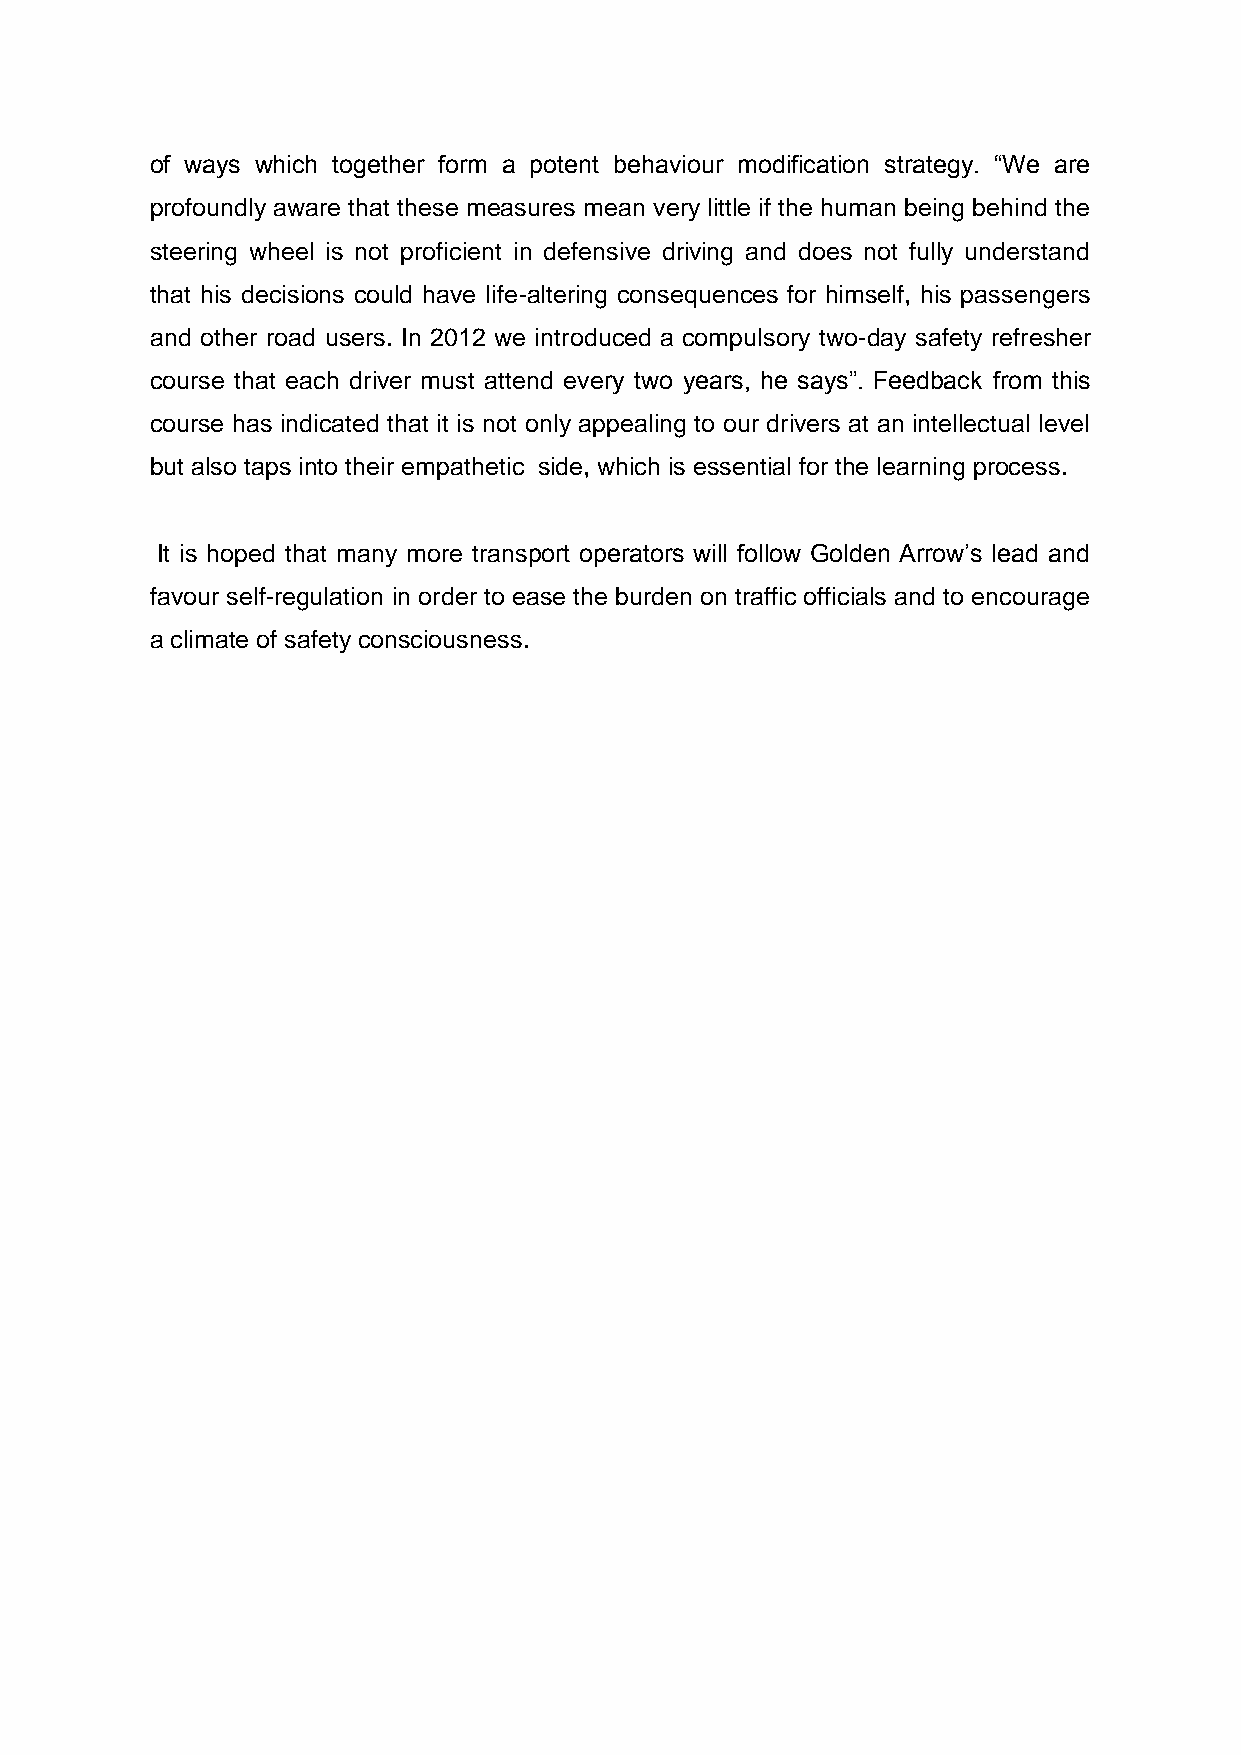
of ways which together form a potent behaviour modification strategy. “We are
 profoundly aware that these measures mean very little if the human being behind the
 steering wheel is not proficient in defensive driving and does not fully understand
 that his decisions could have life-altering consequences for himself, his passengers
 and other road users. In 2012 we introduced a compulsory two-day safety refresher
 course that each driver must attend every two years, he says”. Feedback from this
 course has indicated that it is not only appealing to our drivers at an intellectual level
 but also taps into their empathetic side, which is essential for the learning process.
 It is hoped that many more transport operators will follow Golden Arrow’s lead and
 favour self-regulation in order to ease the burden on traffic officials and to encourage
 a climate of safety consciousness.